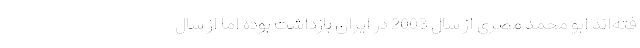
فته‌اند ابو محمد مصری از سال 2003 در ایران بازداشت بوده اما از سال